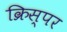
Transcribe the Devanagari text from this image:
क्रिस्पर